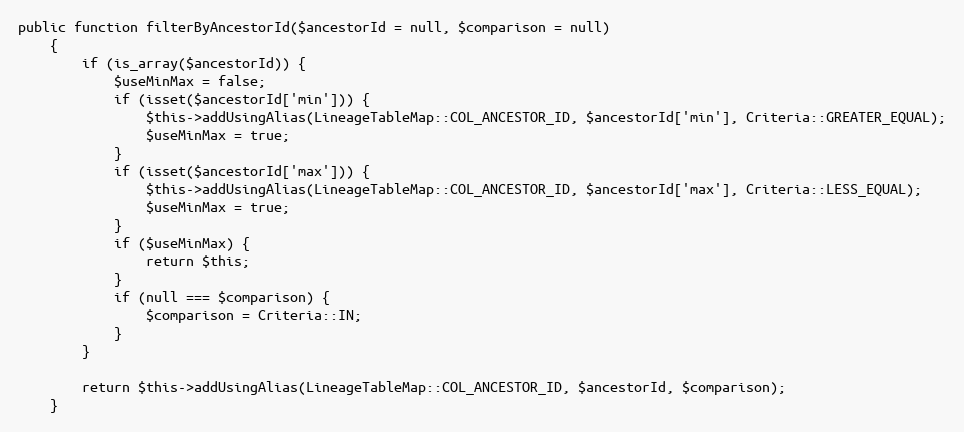
Language: PHP
public function filterByAncestorId($ancestorId = null, $comparison = null)
    {
        if (is_array($ancestorId)) {
            $useMinMax = false;
            if (isset($ancestorId['min'])) {
                $this->addUsingAlias(LineageTableMap::COL_ANCESTOR_ID, $ancestorId['min'], Criteria::GREATER_EQUAL);
                $useMinMax = true;
            }
            if (isset($ancestorId['max'])) {
                $this->addUsingAlias(LineageTableMap::COL_ANCESTOR_ID, $ancestorId['max'], Criteria::LESS_EQUAL);
                $useMinMax = true;
            }
            if ($useMinMax) {
                return $this;
            }
            if (null === $comparison) {
                $comparison = Criteria::IN;
            }
        }

        return $this->addUsingAlias(LineageTableMap::COL_ANCESTOR_ID, $ancestorId, $comparison);
    }